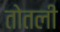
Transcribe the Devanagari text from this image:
तोतली